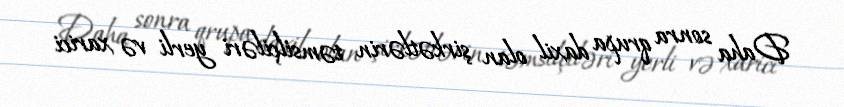
Daha sonra qrupa daxil olan şirkətlərin təmsilçiləri yerli və xarici